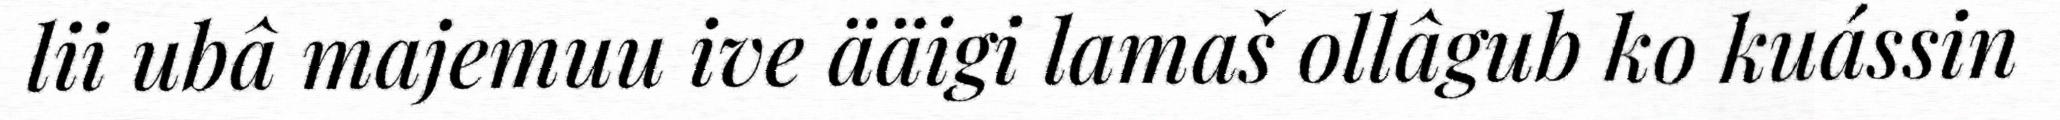
lii ubâ majemuu ive ääigi lamaš ollâgub ko kuássin